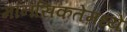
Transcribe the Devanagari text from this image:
मानसिकतेमध्ये